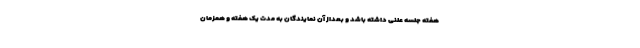
هفته جلسه علنی داشته باشد و بعداز آن نمایندگان به مدت یک هفته و همزمان